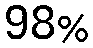
98%